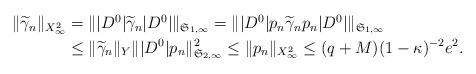
LaTeX: \begin{align*}\begin{aligned}\|\widetilde{\gamma}_{n}\|_{X^2_\infty}&=\||D^0|\widetilde{\gamma}_{n}|D^0|\|_{\mathfrak{S}_{1,\infty}}=\||D^0|p_{n}\widetilde{\gamma}_{n}p_{n}|D^0|\|_{\mathfrak{S}_{1,\infty}}\\&\leq \|\widetilde{\gamma}_{n}\|_{Y}\||D^0|p_{n}\|_{\mathfrak{S}_{2,\infty}}^2\leq \|p_{n}\|_{X^2_\infty}\leq (q+M)(1-\kappa)^{-2}e^2.\end{aligned}\end{align*}